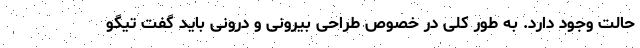
حالت وجود دارد. به طور کلی در خصوص طراحی بیرونی و درونی باید گفت تیگو